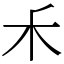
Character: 𥝌